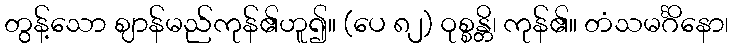
တွန့်သော ဈာန်မည်ကုန်၏ဟူ၍။ (ပေ ၈၂) ဝုစ္စန္တိ၊ ကုန်၏။ တံသမင်္ဂိနော၊